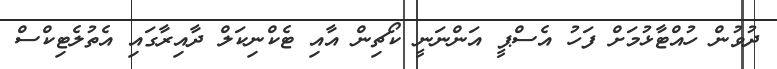
ދުވުން ހުއްޓާޅުމަށް ފަހު އެސްޕީ އަންނަނީ ކޯޗިން އާއި ޓެކްނިކަލް ދާއިރާގައި އެތުލެޓިކްސް